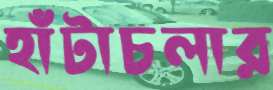
হাঁটাচলার